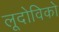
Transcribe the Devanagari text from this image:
लूदोविको